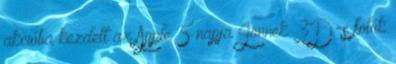
akcióba kezdett az Apple 5 napja Jönnek 3D-s fotók